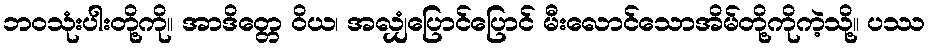
ဘဝသုံးပါးတို့ကို။ အာဒိတ္တေ ဝိယ၊ အလျှံပြောင်ပြောင် မီးလောင်သောအိမ်တို့ကိုကဲ့သို့။ ပဿ